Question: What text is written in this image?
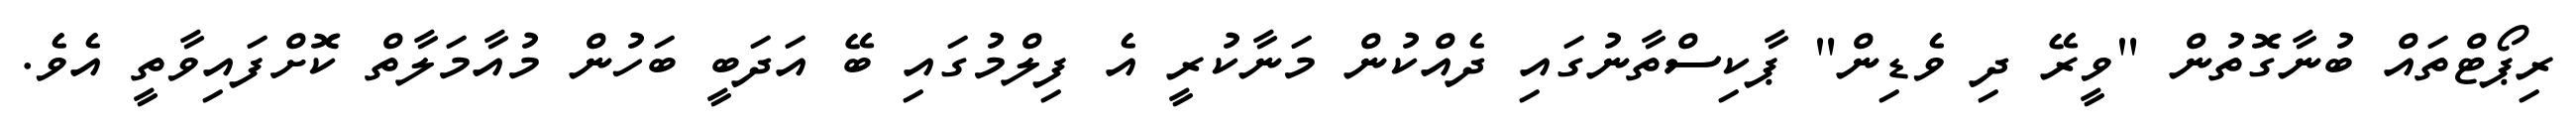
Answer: ރިޕޯޓްތައް ބުނާގޮތުން "ވީރޭ ދި ވެޑިން" ޕާކިސްތާނުގައި ދެއްކުން މަނާކުރީ އެ ފިލްމުގައި ބޭ އަދަބީ ބަހުން މުއާމަލާތް ކޮށްފައިވާތީ އެވެ.